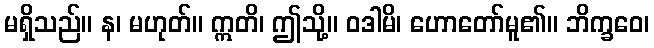
မရှိသည်။ န၊ မဟုတ်။ ဣတိ၊ ဤသို့။ ဝဒါမိ၊ ဟောတော်မူ၏။ ဘိက္ခဝေ၊